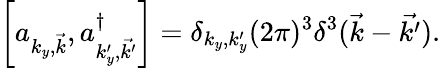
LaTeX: \left[a_{{k_{y}},\vec{k}},a_{{k_{y}^{\prime}},\vec{k^{\prime}}}^{\dagger}\right]=\delta_{{k_{y}},{k_{y}^{\prime}}}(2\pi)^{3}{\delta}^{3}(\vec{k}-\vec{k^{\prime}}).